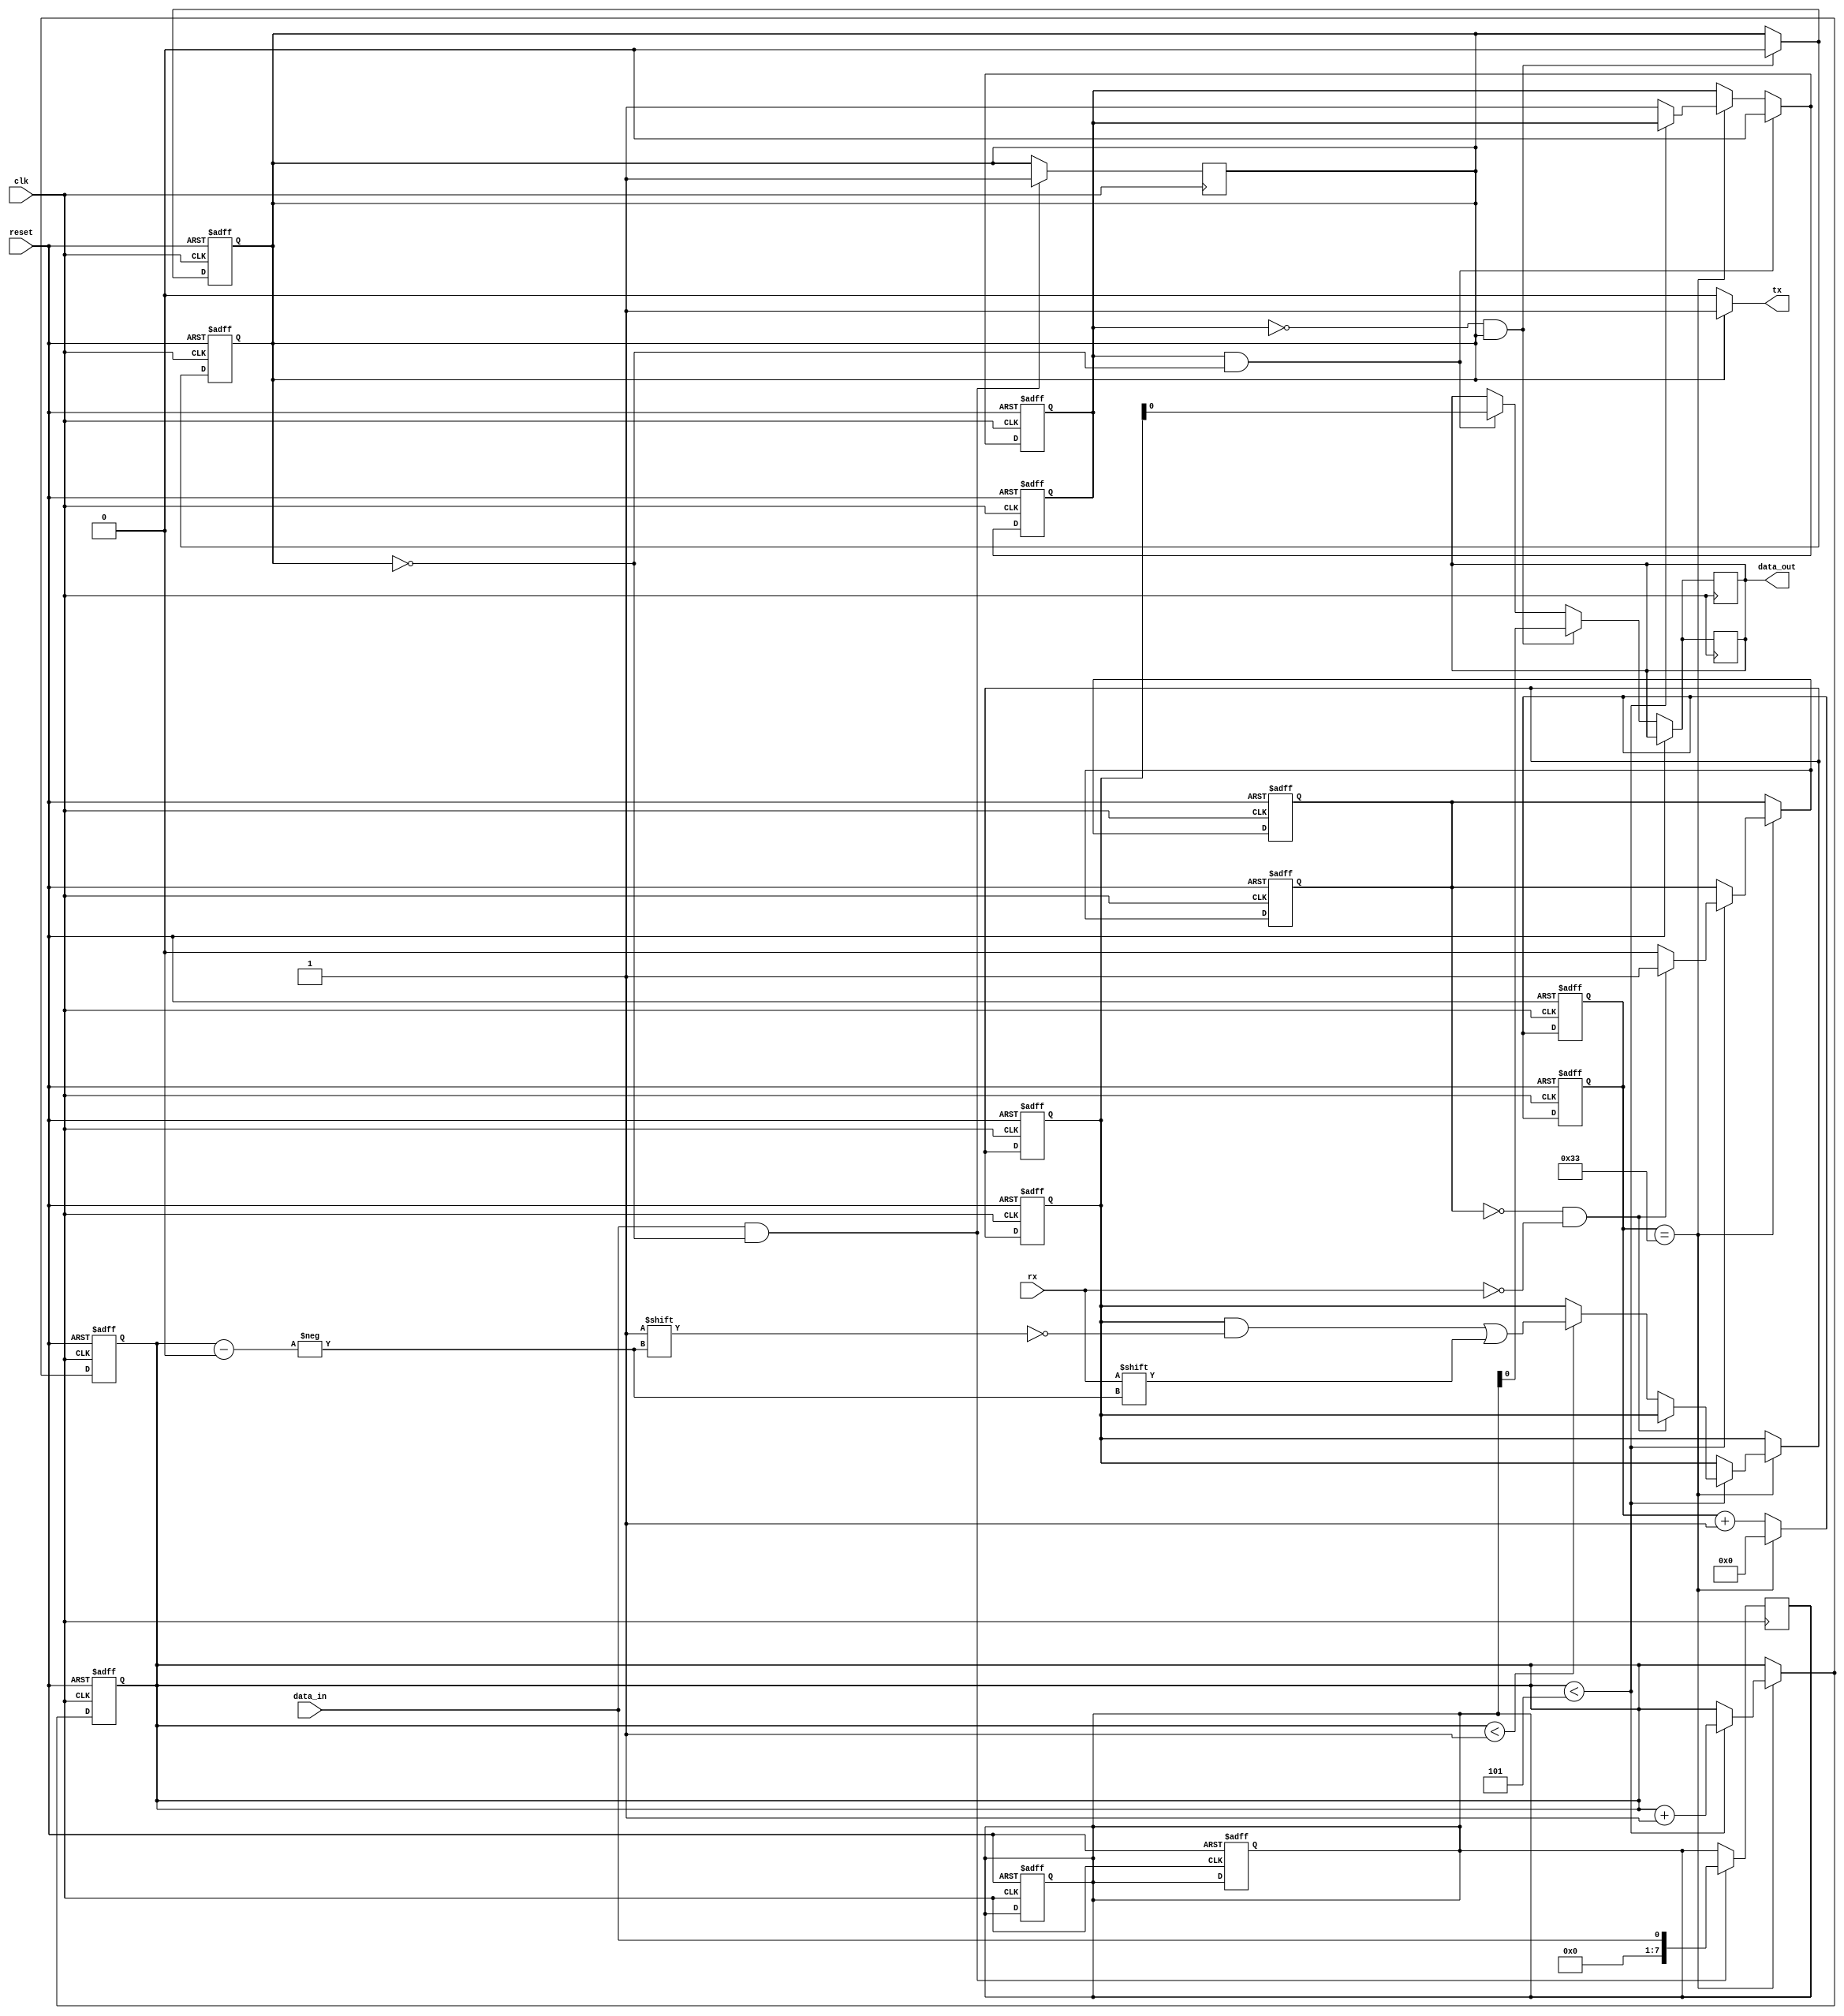
module UART_controller (
    input wire clk,
    input wire reset,
    input wire rx,
    output reg tx,
    input wire data_in,
    output reg data_out,
);

// Timing control and synchronization blocks Verilog code
// Clock generation and synchronization circuits
reg [11:0] baud_counter;
reg [4:0] bit_counter;
reg start_bit_detected;
reg [7:0] rx_data;
reg received;
reg [7:0] tx_data;
reg transmitting;

// Error detection and correction mechanisms

always @ (posedge clk or posedge reset) begin
    if (reset) begin
        baud_counter <= 12'b0;
        bit_counter <= 5'b0;
        start_bit_detected <= 1'b0;
        rx_data <= 8'b0;
        received <= 1'b0;
        tx_data <= 8'b0;
        transmitting <= 1'b0;
    end else begin
        baud_counter <= baud_counter + 1;
        
        if (baud_counter == 12'd51) begin // Considering 9600 baud rate
            baud_counter <= 12'b0;
            
            if (bit_counter < 5) begin
                if (start_bit_detected == 0 && rx == 0) begin
                    start_bit_detected <= 1;
                end else begin
                    start_bit_detected <= 0;
                    
                    if (bit_counter < 1) begin
                        rx_data[bit_counter] <= rx;
                    end
                end
                
                bit_counter <= bit_counter + 1;
            end else begin
                received <= 1;
            end
        end
        
        if (received && !transmitting) begin
            data_out <= rx_data;
            // Perform error detection and correction here if necessary
            received <= 0;
        end
        
        if (!received && transmitting) begin
            data_out <= tx_data;
            // Perform error detection and correction here if necessary
            transmitting <= 0;
        end
    end
end

always @ (posedge clk or posedge reset) begin
    if (reset) begin
        baud_counter <= 12'b0;
        bit_counter <= 5'b0;
        start_bit_detected <= 1'b0;
        rx_data <= 8'b0;
        received <= 1'b0;
        tx_data <= 8'b0;
        transmitting <= 1'b0;
    end else begin
        baud_counter <= baud_counter + 1;
        
        if (baud_counter == 12'd51) begin // Considering 9600 baud rate
            baud_counter <= 12'b0;
            
            if (bit_counter < 5) begin
                if (start_bit_detected == 0 && rx == 0) begin
                    start_bit_detected <= 1;
                end else begin
                    start_bit_detected <= 0;
                    
                    if (bit_counter < 1) begin
                        rx_data[bit_counter] <= rx;
                    end
                end
                
                bit_counter <= bit_counter + 1;
            end else begin
                received <= 1;
            end
        end
        
        if (received && !transmitting) begin
            data_out <= rx_data;
            // Perform error detection and correction here if necessary
            received <= 0;
        end
        
        if (!received && transmitting) begin
            data_out <= tx_data;
            // Perform error detection and correction here if necessary
            transmitting <= 0;
        end
    end
end

// Handshaking logic
always @ (posedge clk) begin
    if (data_in == 1 && !transmitting) begin
        tx_data <= data_in;
        transmitting <= 1;
    end
end

assign tx = transmitting ? 1 : 0;

endmodule